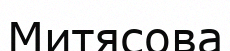
Митясова